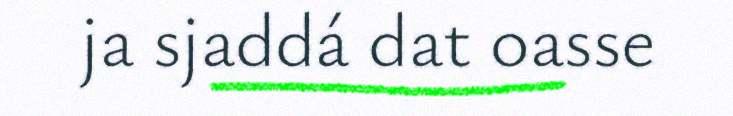
ja sjaddá dat oasse